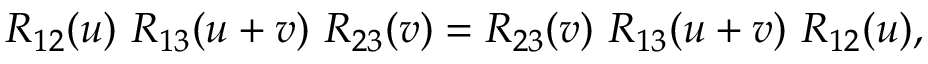
R _ { 1 2 } ( u ) \ R _ { 1 3 } ( u + v ) \ R _ { 2 3 } ( v ) = R _ { 2 3 } ( v ) \ R _ { 1 3 } ( u + v ) \ R _ { 1 2 } ( u ) ,